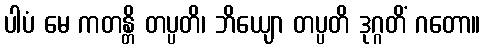
ပါပံ မေ ကတန္တိ တပ္ပတိ၊ ဘိယျော တပ္ပတိ ဒုဂ္ဂတိံ ဂတော။